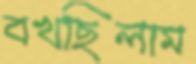
বখছিলাম